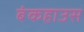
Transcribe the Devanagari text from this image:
बंकहाउस